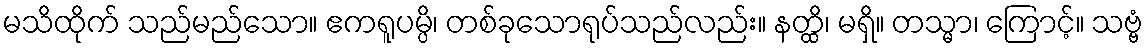
မသိထိုက် သည်မည်သော။ ဧကရူပမ္ပိ၊ တစ်ခုသောရုပ်သည်လည်း။ နတ္ထိ၊ မရှိ။ တသ္မာ၊ ကြောင့်။ သဗ္ဗံ